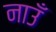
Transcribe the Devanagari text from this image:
नाउँ